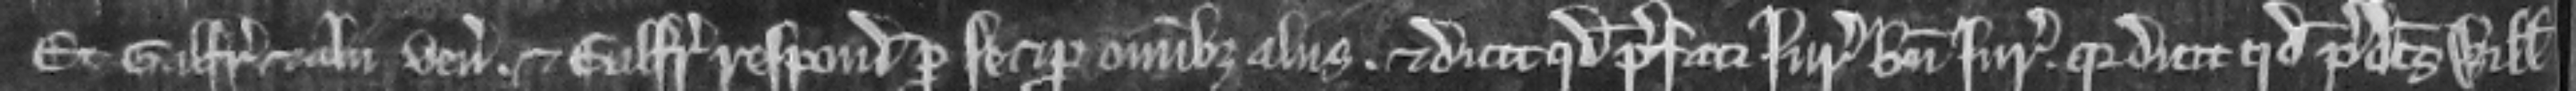
Et Galfridus et alii veniunt et Galfridus respondet pro se et pro omnibus aliis. et dicit quod prefati juratores bene juraverunt quia dicit quod predictus Willelmus